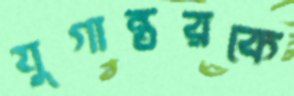
যুগান্তরকে